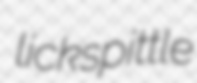
lickspittle